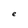
Character: e